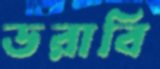
ডরাবি